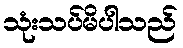
သုံးသပ်မိပါသည်